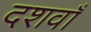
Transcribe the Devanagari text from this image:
दशवाँ